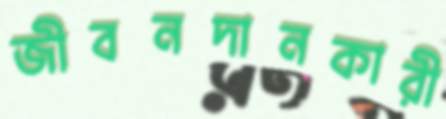
জীবনদানকারী